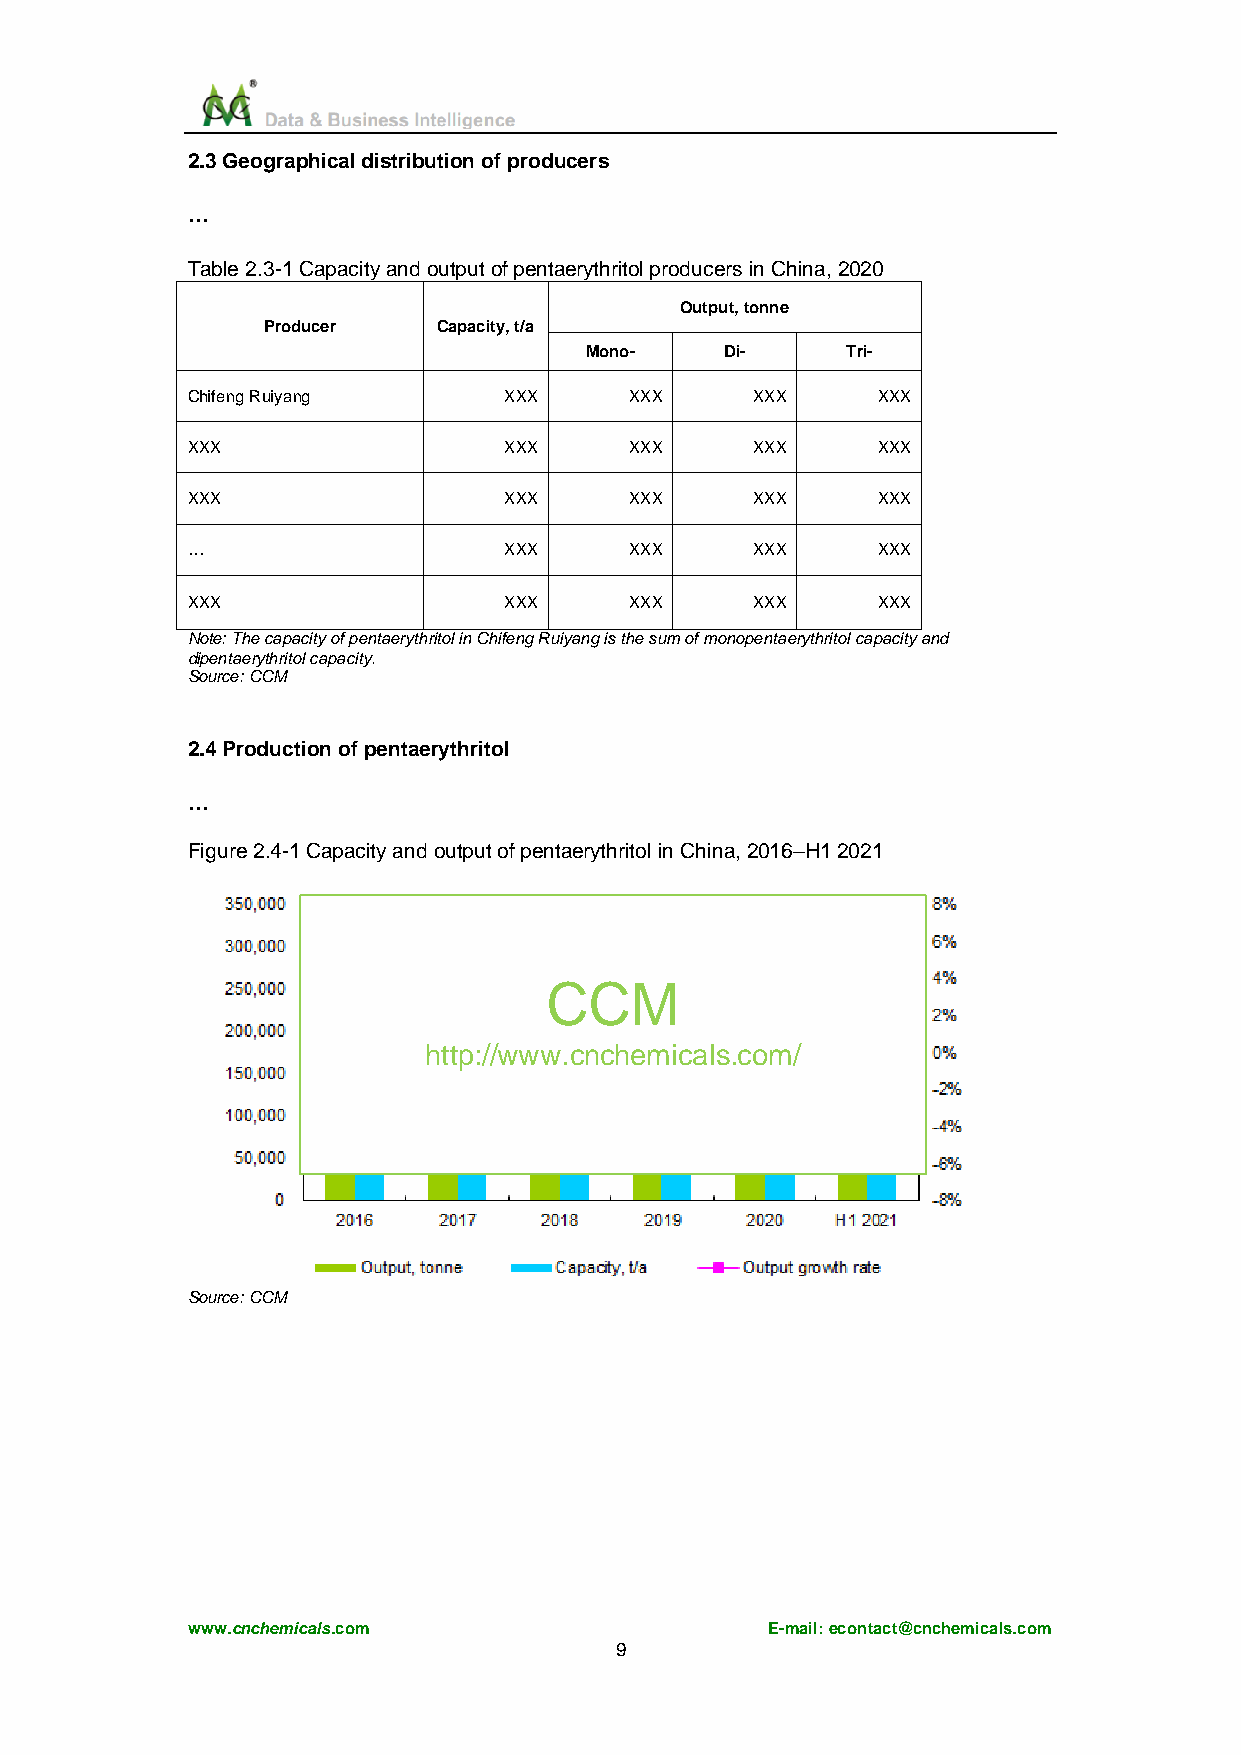
2.3 Geographical distribution of producers
 …
 Table 2.3-1 Capacity and output of pentaerythritol producers in China, 2020
 Output, tonne
 Producer    Capacity, t/a
 Mono-    Di-     Tri-
 Chifeng Ruiyang      XXX      XXX     XXX     XXX
 XXX                  XXX      XXX     XXX     XXX
 XXX                  XXX      XXX     XXX     XXX
 …                    XXX      XXX     XXX     XXX
 XXX                  XXX      XXX     XXX     XXX
 Note: The capacity of pentaerythritol in Chifeng Ruiyang is the sum of monopentaerythritol capacity and
 dipentaerythritol capacity.
 Source: CCM
 2.4 Production of pentaerythritol
 …
 Figure 2.4-1 Capacity and output of pentaerythritol in China, 2016–H1 2021
 CCM
 http://www.cnchemicals.com/
 Source: CCM
 www.cnchemicals.com                    E-mail: econtact@cnchemicals.com
 9